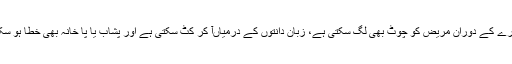
اس دورے کے دوران مریض کو چوٹ بھی لگ سکتی ہے، زبان دانتوں کے درمیاںآ کر کٹ سکتی ہے اور پشاب یا پا خانہ بھی خطا ہو سکتا ہے۔